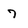
Character: 7